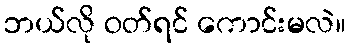
ဘယ်လို ဝတ်ရင် ကောင်းမလဲ။